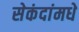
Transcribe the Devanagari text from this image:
सेकंदांमधे